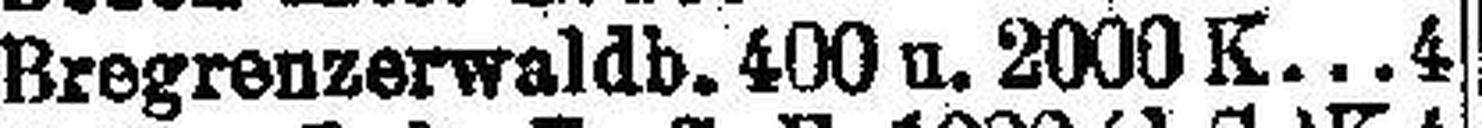
Bregrenzenraldb. 400 u. 2000 K. 4